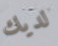
لديك